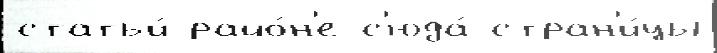
статьи́ райо́н'е с'юда́ стран'и́цы